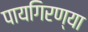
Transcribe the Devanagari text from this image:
पायगिरण्या